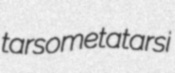
tarsometatarsi